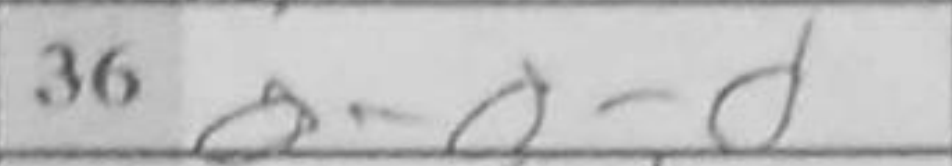
Transcription: O-O-O